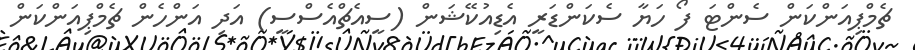
ޗެމްޕިއަންކަން ސެންޓަ ފޯ ހަޔާ ސެކަންޑަރީ އެޑިއުކޭޝަން (ސީއެޗްއެސްސީ) އަދި އަންހެން ޗެމްޕިއަންކަން